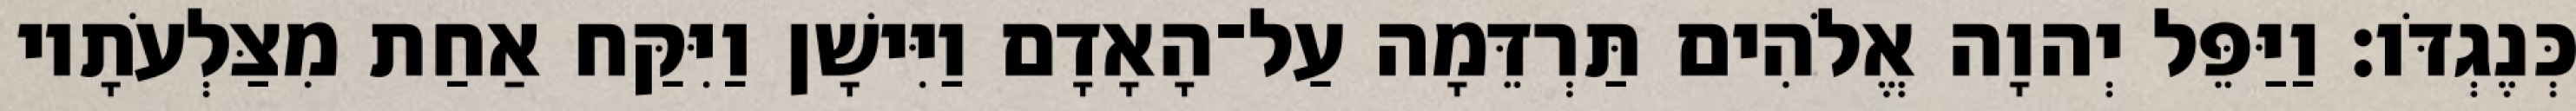
כְּנֶגְדֹּו׃ וַיַּפֵּל יְהוָה אֱלֹהִים תַּרְדֵּמָה עַל־הָאָדָם וַיִּישָׁן וַיִּקַּח אַחַת מִצַּלְעֹתָיו